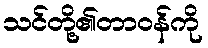
သင်တို့၏တာဝန်ကို